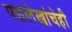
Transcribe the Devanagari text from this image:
पद्यलेखांचेही